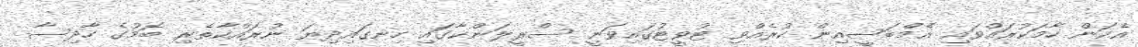
އެކަން ހާމަކުރައްވައި އެމްބަސީއިން ކުރެއްވި ޓުވީޓުގައިވަނީ ސްރީލަންކާގައި ހިނގައިދިޔަ ނުރައްކާތެރި ބޮމުގެ ހާދިސާ